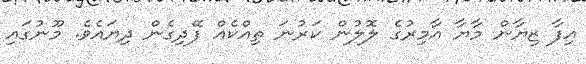
އިފާ ޒިޔާން މާޔާ އާމިރުގެ ލޮލުން ކަރުނަ ތިއްކެއް ފޭދިގެން ދިޔައެވެ. މޫނުގައި